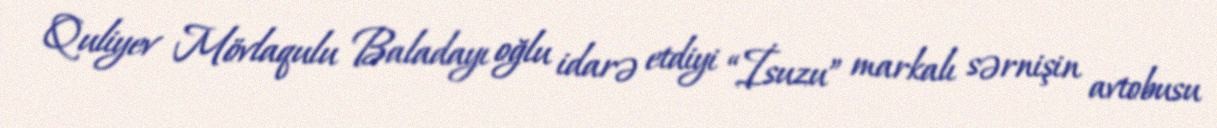
Quliyev Mövlaqulu Baladayı oğlu idarə etdiyi “İsuzu” markalı sərnişin avtobusu